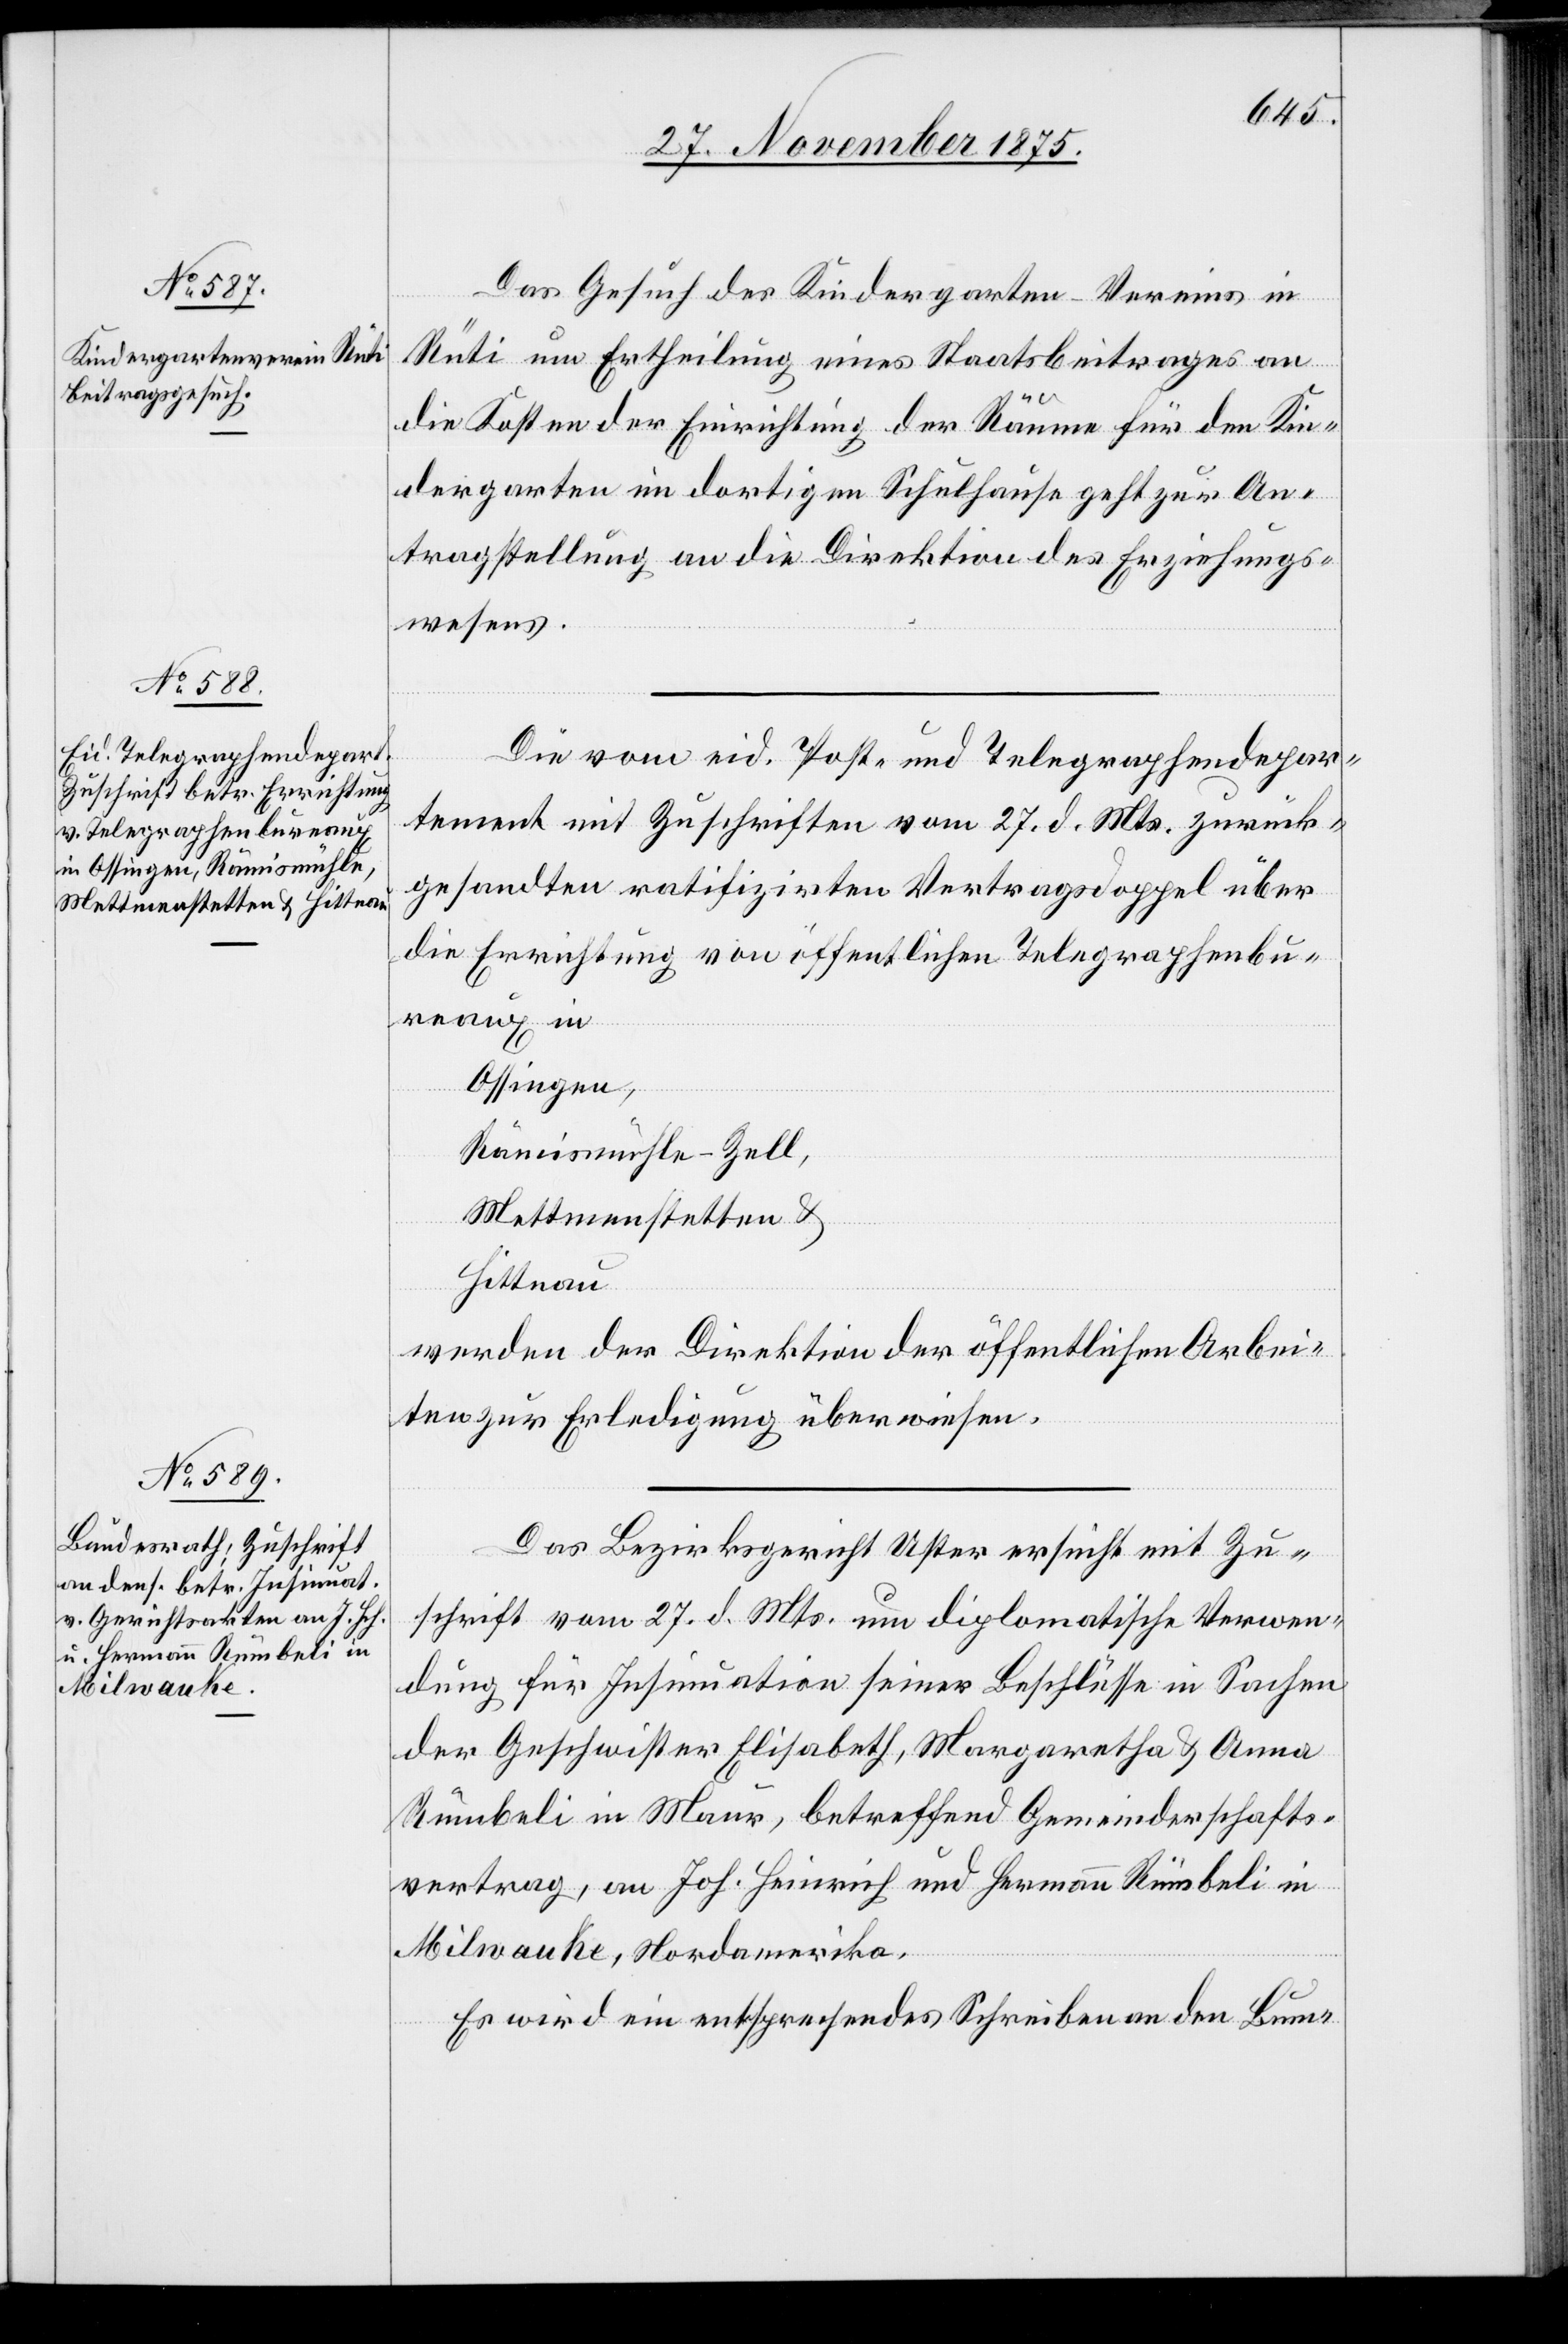
29. November 1875.]
Das Gesuch des Kindergarten-Vereins in
Rüti um Ertheilung eines Staatsbeitrages an
die Kosten der Einrichtung der Räume für den Kin¬
dergarten im dortigen Schulhause geht zur An¬
tragstellung an die Direktion des Erziehungs¬
wesens.
Die vom eid. Post- und Telegraphendepar¬
tement mit Zuschriften vom 27. d. Mts zurück¬
gesandten ratifizirten Vertragsdoppel über
die Errichtung von öffentlichen Telegraphenbu¬
reaux in
Ossingen,
Rämismühle-Zell,
Mettmenstetten &
Hittnau
werden der Direktion der öffentlichen Arbei¬
ten zur Erledigung überwiesen.
Das Bezirksgericht Uster ersucht mit Zu¬
schrift vom 27. d. Mts. um diplomatische Verwen¬
dung für Insinuation seiner Beschlüsse in Sachen
der Geschwister Elisabeth, Margaretha & Anna
Rümbeli in Maur, betreffend Gemeinderschafts¬
vertrag, an Joh. Heinrich und Hermann Rümbeli in
Milwauke, Nordamerika.
Es wird ein entsprechendes Schreiben an den Bun-